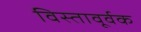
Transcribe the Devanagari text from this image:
विस्तावूर्वक